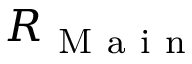
R _ { \mathrm { ~ M ~ a ~ i ~ n ~ } }